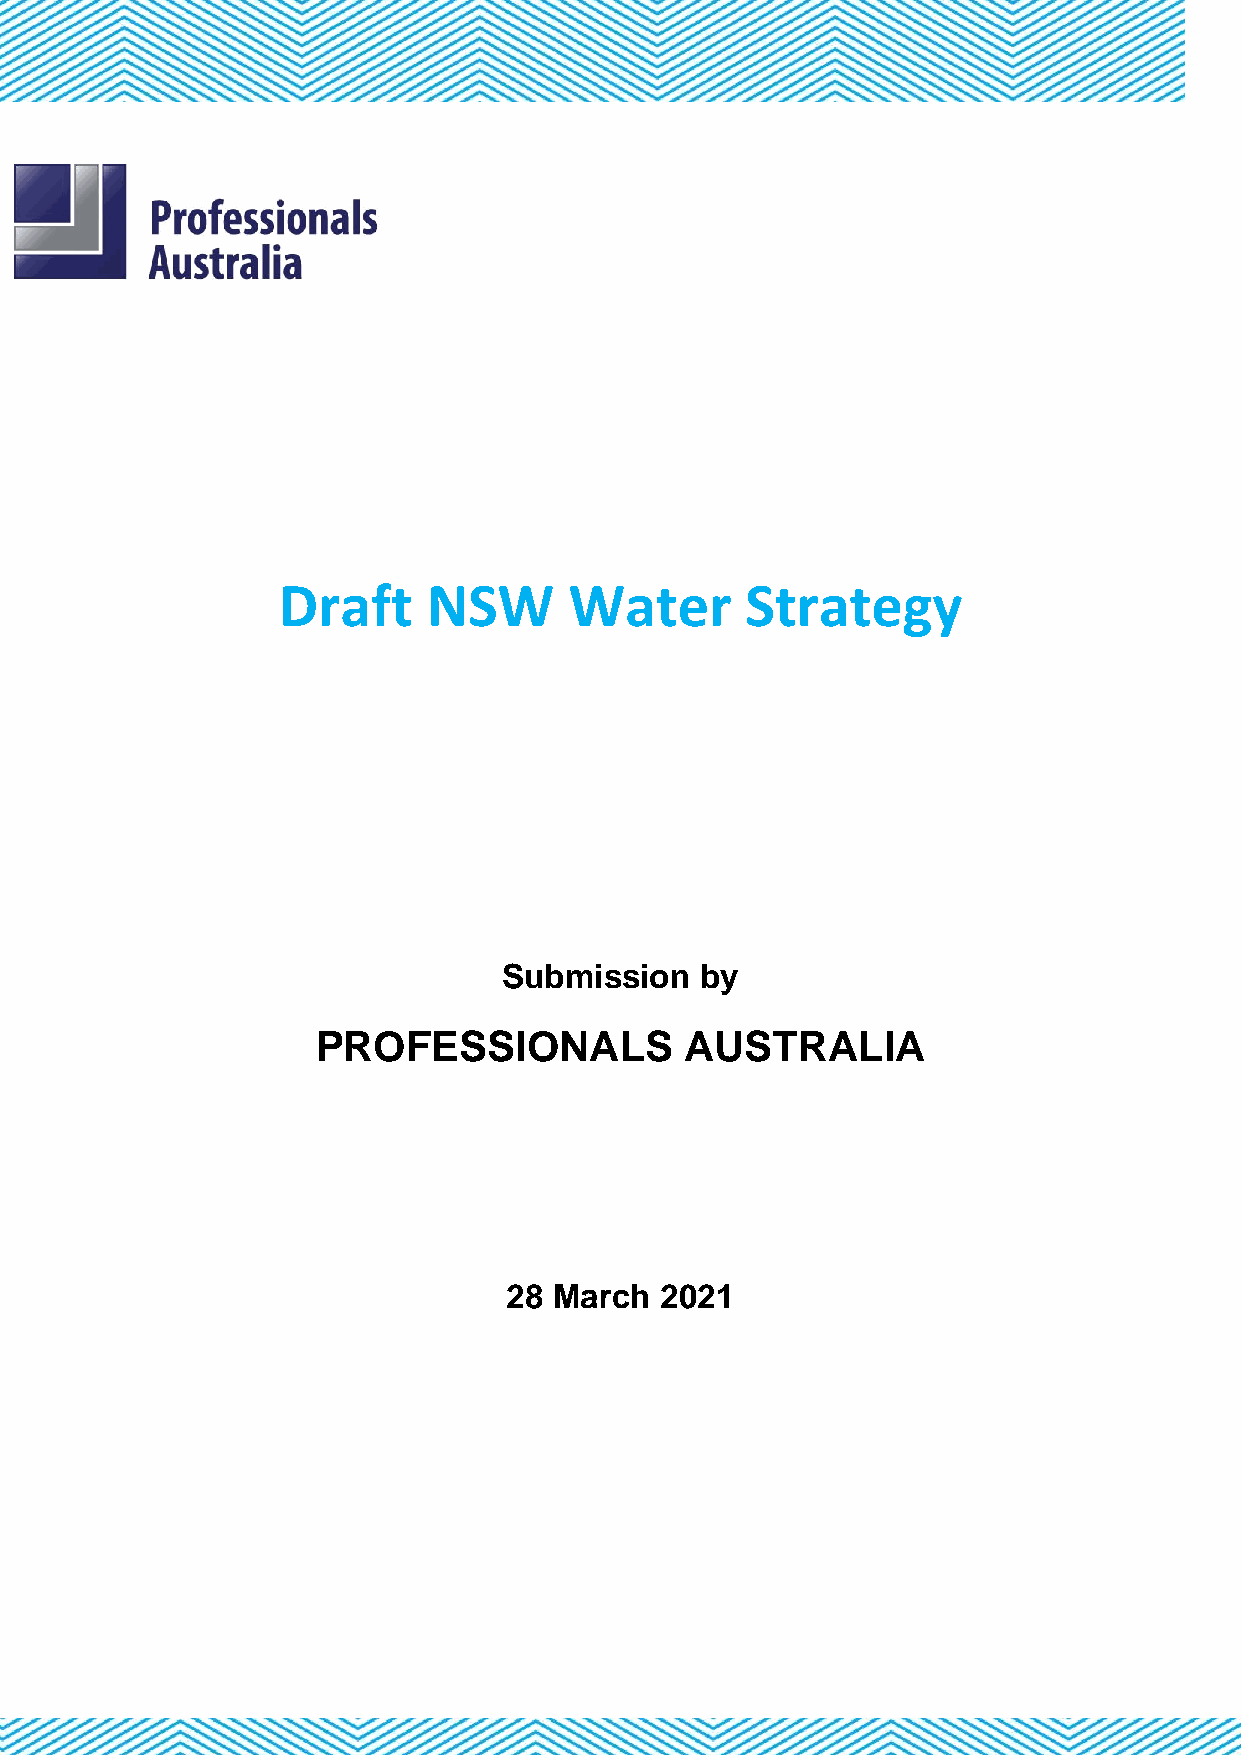
Draft     NSW       Water      Strategy
 Submission   by
 PROFESSIONALS           AUSTRALIA
 28 March  2021